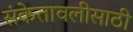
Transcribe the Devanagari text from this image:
संकेतावलीसाठी